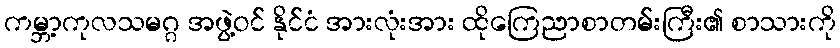
ကမ္ဘာ့ကုလသမဂ္ဂ အဖွဲ့ဝင် နိုင်ငံ အားလုံးအား ထိုကြေညာစာတမ်းကြီး၏ စာသားကို